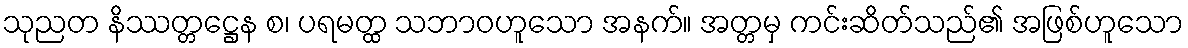
သုညတ နိဿတ္တဋ္ဌေန စ၊ ပရမတ္ထ သဘာဝဟူသော အနက်။ အတ္တမှ ကင်းဆိတ်သည်၏ အဖြစ်ဟူသော